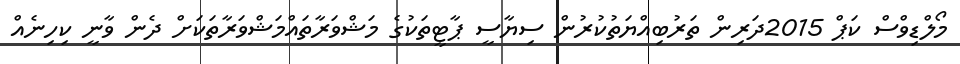
މޯލްޑިވްސް ކަޕް 2015ދަރިން ތަރުބިއްޔަތުކުރުން ސިޔާސީ ޕާޓީތަކުގެ މަޝްވަރާތައްމަޝްވަރާތަކަށް ދެން ވާނީ ކިހިނެއް